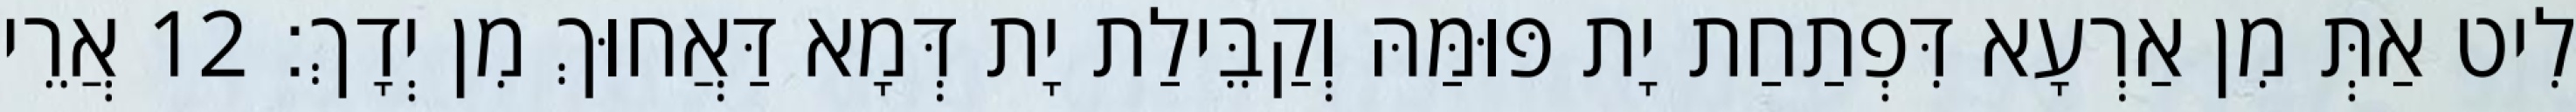
לִיט אַתְּ מִן אַרְעָא דִּפְתַחַת יָת פּוּמַּהּ וְקַבֵּילַת יָת דְּמָא דַּאֲחוּךְ מִן יְדָךְ׃ 12 אֲרֵי